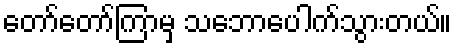
တော်တော်ကြာမှ သဘောပေါက်သွားတယ်။